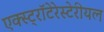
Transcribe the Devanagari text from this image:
एक्स्ट्रॉटेरेस्टेरीयल